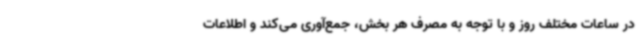
در ساعات مختلف روز و با توجه به مصرف هر بخش، جمع‌آوری می‌کند و اطلاعات